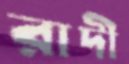
রাদী